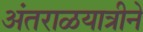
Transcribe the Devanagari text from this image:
अंतराळयात्रीने